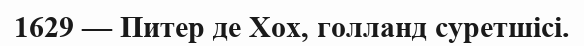
1629 — Питер де Хох, голланд суретшісі.